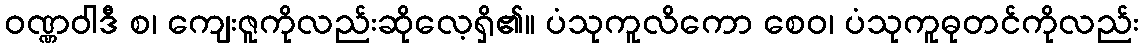
ဝဏ္ဏဝါဒီ စ၊ ကျေးဇူကိုလည်းဆိုလေ့ရှိ၏။ ပံသုကူလိကော စေဝ၊ ပံသုကူဓုတင်ကိုလည်း